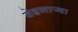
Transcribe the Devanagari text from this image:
वेढणार्‍या